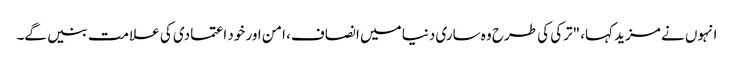
انہوں نے مزید کہا، "ترکی کی طرح وہ ساری دنیا میں انصاف، امن اور خود اعتمادی کی علامت بنیں گے۔